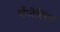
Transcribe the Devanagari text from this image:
व्हँजेलिस